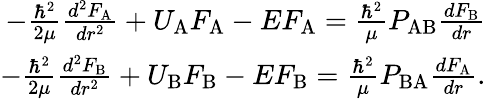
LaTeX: \begin{array}{r}{-\frac{\hbar^{2}}{2\mu}\frac{d^{2}F_{\mathrm{A}}}{dr^{2}}+U_{\mathrm{A}}F_{\mathrm{A}}-EF_{\mathrm{A}}=\frac{\hbar^{2}}{\mu}P_{\mathrm{AB}}\frac{dF_{\mathrm{B}}}{dr}}\\ {-\frac{\hbar^{2}}{2\mu}\frac{d^{2}F_{\mathrm{B}}}{dr^{2}}+U_{\mathrm{B}}F_{\mathrm{B}}-EF_{\mathrm{B}}=\frac{\hbar^{2}}{\mu}P_{\mathrm{BA}}\frac{dF_{\mathrm{A}}}{dr}.}\end{array}